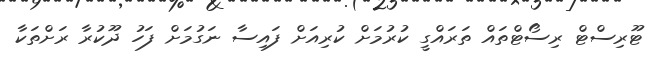
ޓޫރިސްޓް ރިސޯޓްތައް ތަރައްގީ ކުރުމަށް ކުރިއަށް ފައިސާ ނަގުމަށް ފަހު ދޫކުރާ ރަށްތަކާ